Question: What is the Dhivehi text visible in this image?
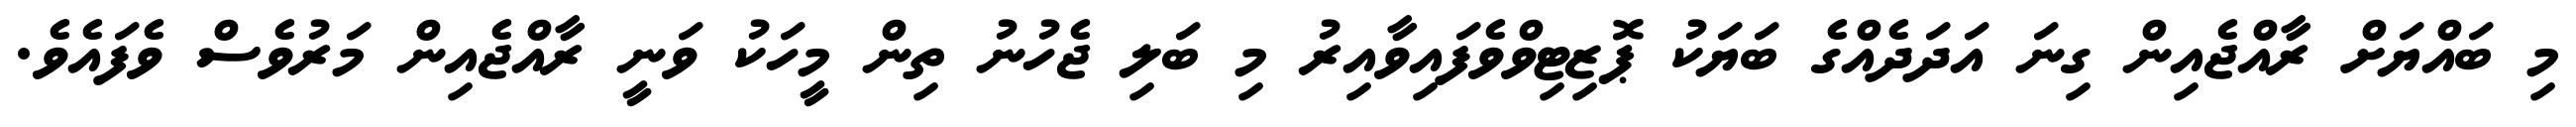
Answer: މި ބައްޔަށް ރާއްޖެއިން ގިނަ އަދަދެއްގެ ބަޔަކު ޕޮޒިޓިވްވެފައިވާއިރު މި ބަލި ޖެހުނު ތިން މީހަކު ވަނީ ރާއްޖެއިން މަރުވެސް ވެފައެވެ.